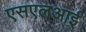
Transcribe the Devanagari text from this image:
एसएलआई